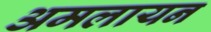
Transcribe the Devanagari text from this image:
अमलायन